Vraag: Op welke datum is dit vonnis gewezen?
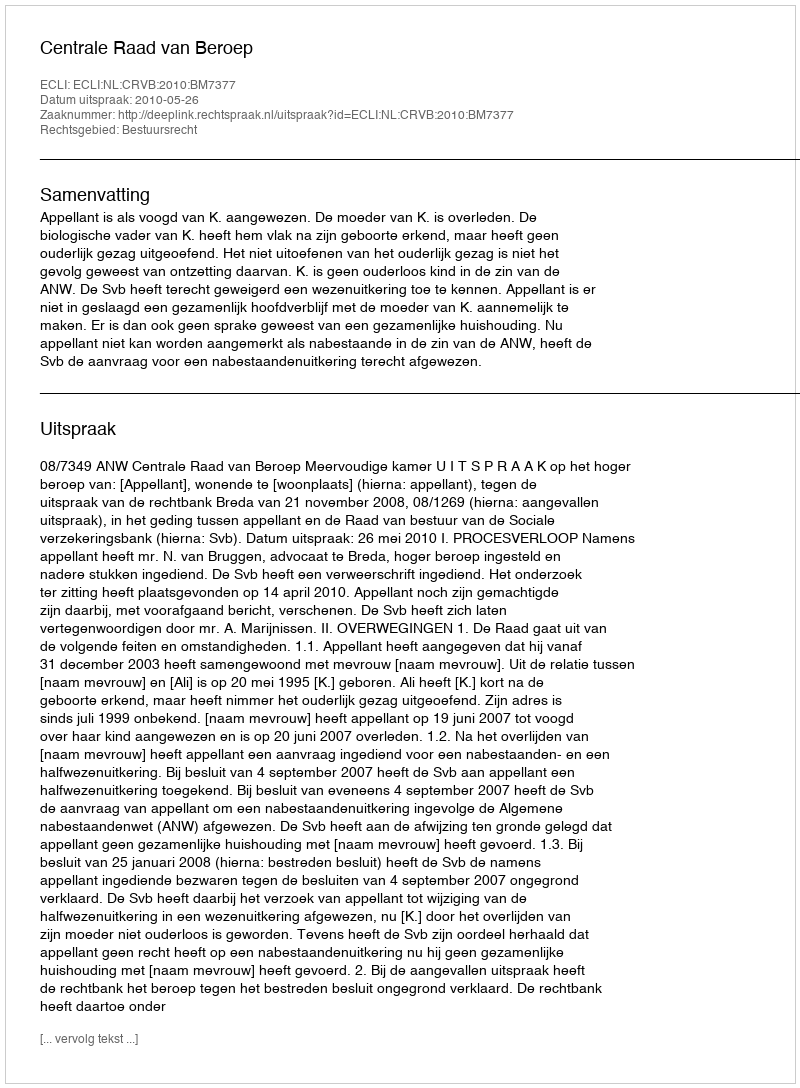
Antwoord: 2010-05-26